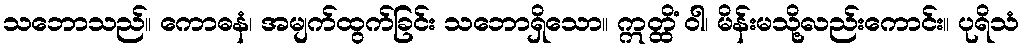
သဘောသည်။ ကောဓနံ၊ အမျက်ထွက်ခြင်း သဘောရှိသော။ ဣတ္ထိံ ဝါ၊ မိန်းမသို့လည်းကောင်း။ ပုရိသံ